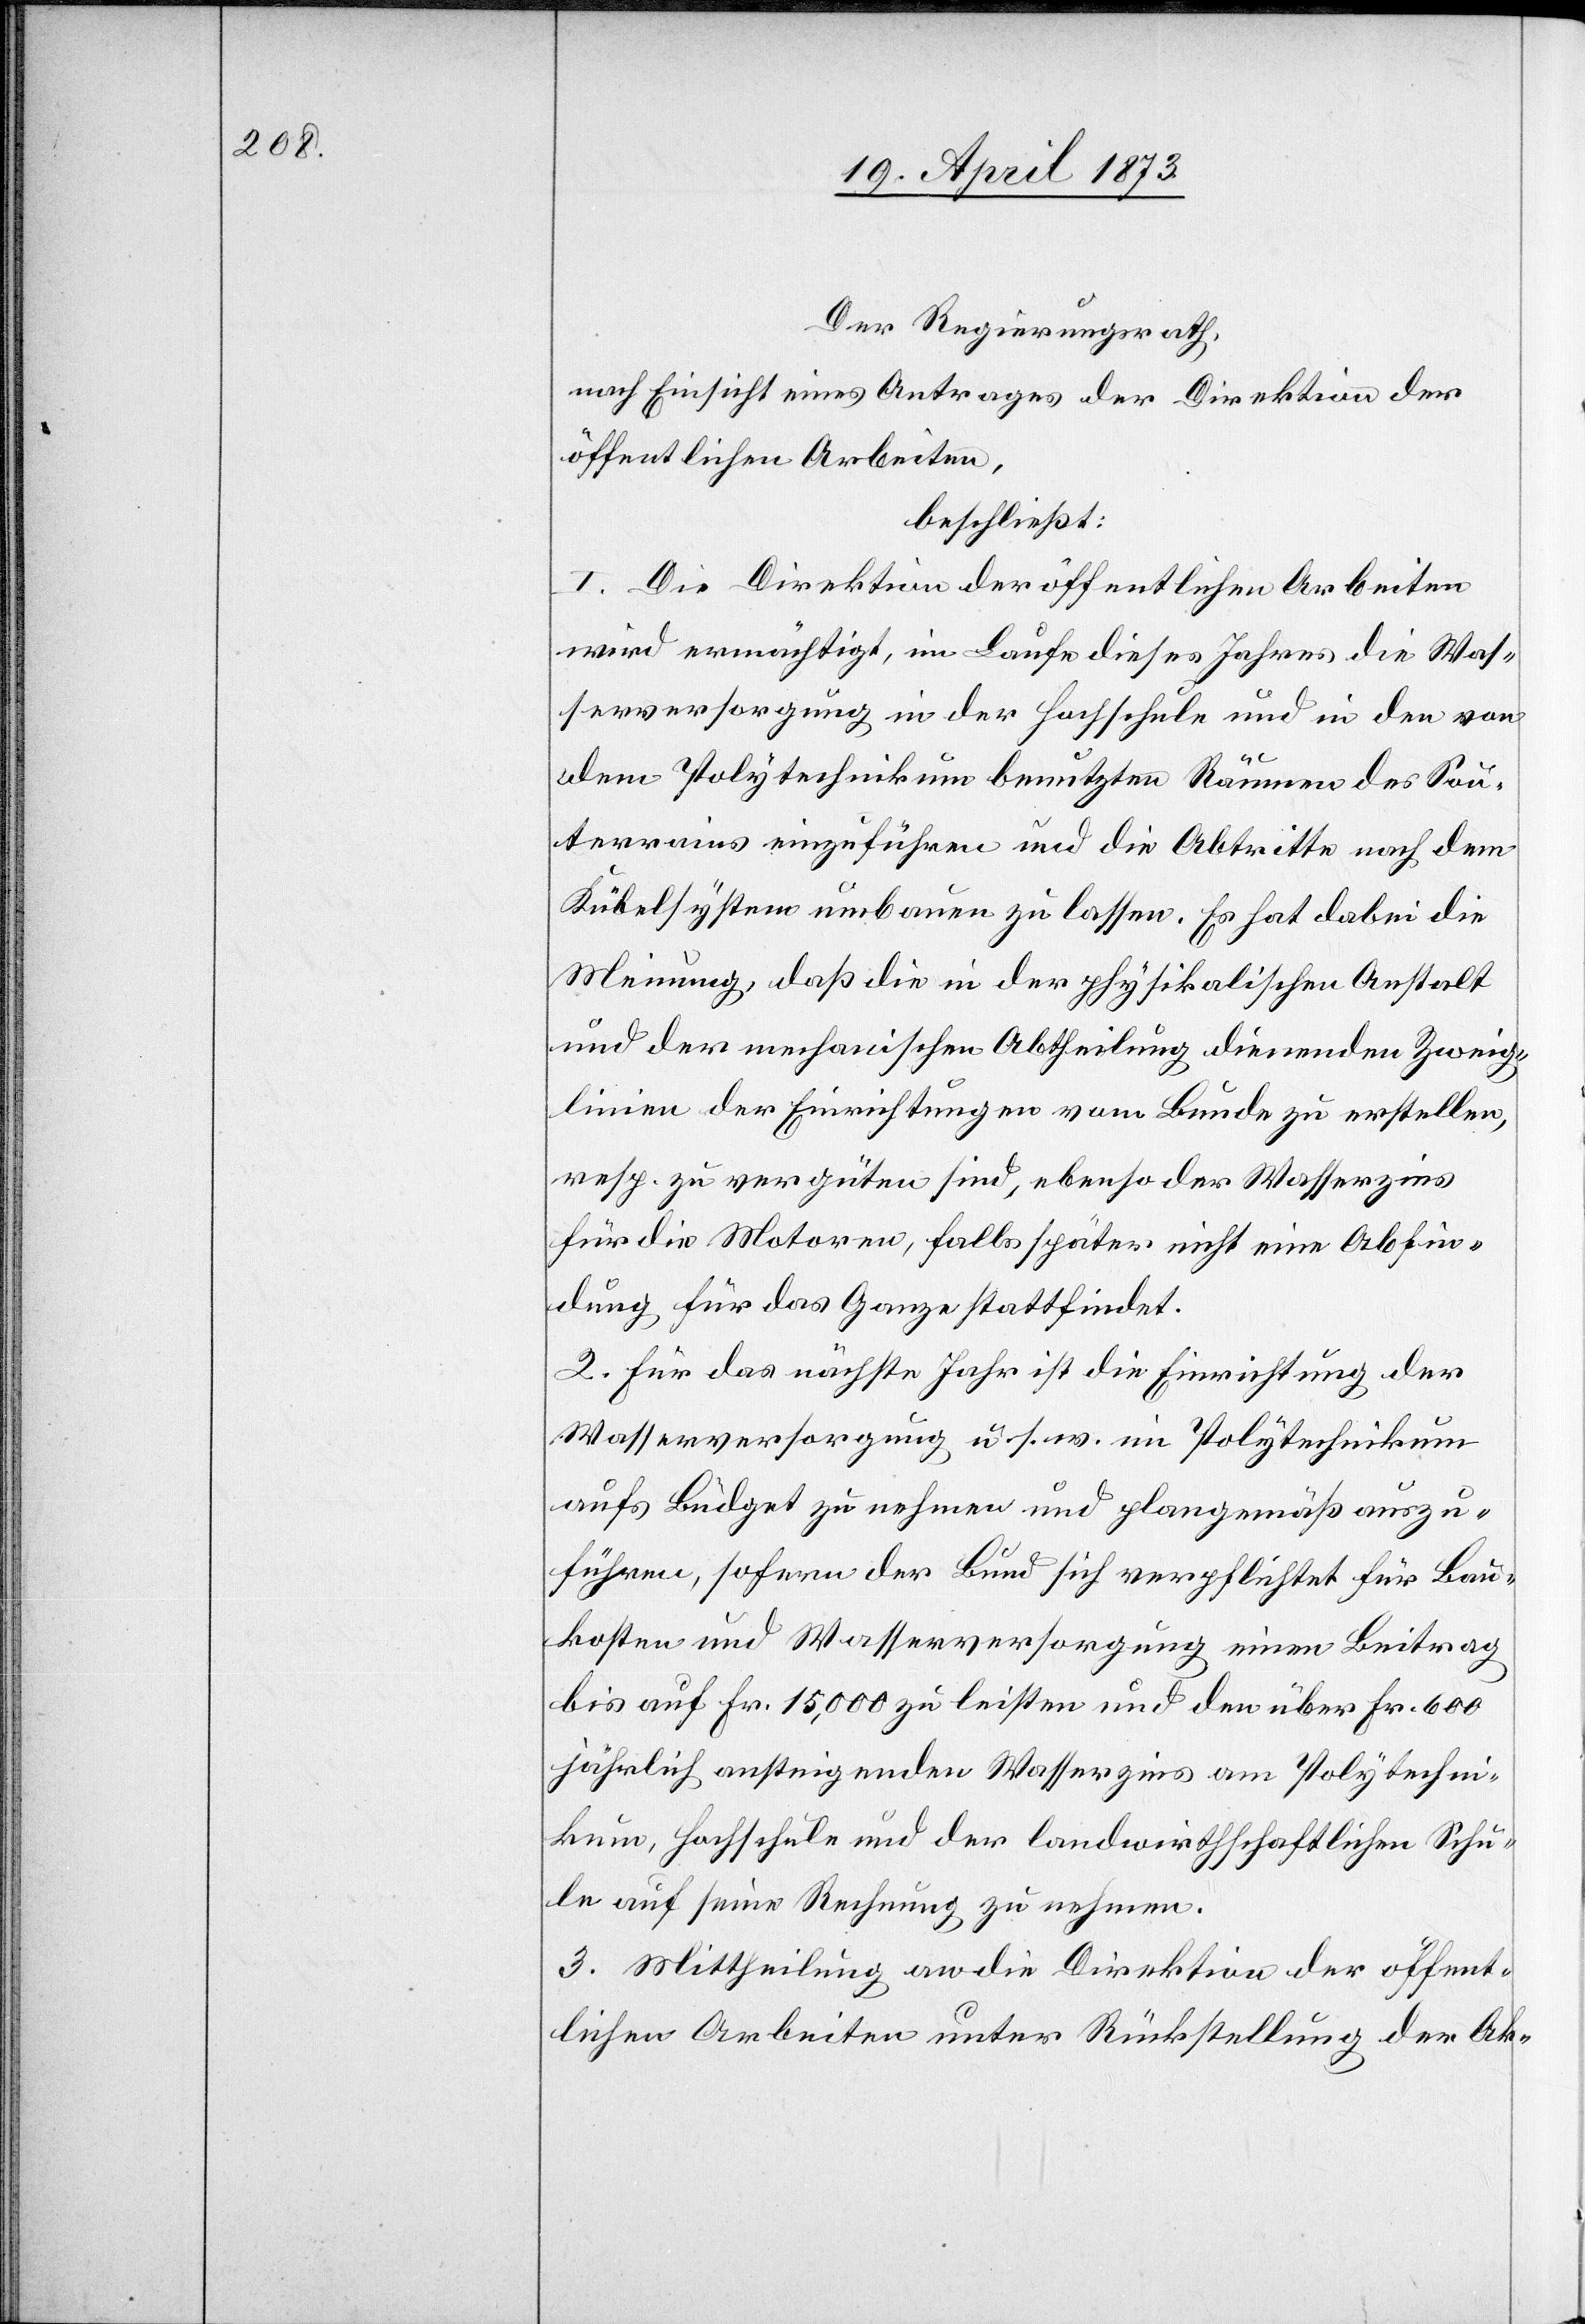
Der Regierungsrath,
nach Einsicht eines Antrages der Direktion der
öffentlichen Arbeiten,
beschließt:
1. Die Direktion der öffentlichen Arbeiten
wird ermächtigt, im Laufe dieses Jahres die Was¬
serversorgung in der Hochschule und in den von
dem Polytechnikum benutzten Räumen des Sou¬
terrains einzuführen und die Abtritte nach dem
Kübelsystem umbauen zu lassen. Es hat dabei die
Meinung, daß die in der physikalischen Anstalt
und der mechanischen Abtheilung dienenden Zweig¬
linien der Einrichtungen vom Bunde zu erstellen,
resp. zu vergüten sind, ebenso der Wasserzins
für die Motoren, falls später nicht eine Abfin¬
dung für das Ganze stattfindet.
2. Für das nächste Jahr ist die Einrichtung der
Wasserversorgung u. s. w. im Polytechnikum
aufs Büdget zu nehmen und plangemäß auszu¬
führen, sofern der Bund sich verpflichtet für Bau¬
kosten und Wasserversorgung einen Beitrag
bis auf Fr. 15,000 zu leisten und den über Fr. 600
jährlich ansteigenden Wasserzins am Polytechni¬
kum, Hochschule und der landwirthschaftlichen Schu¬
le auf seine Rechnung zu nehmen.
3. Mittheilung an die Direktion der öffent¬
lichen Arbeiten unter Rückstellung der Ak-